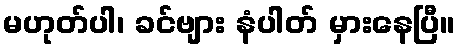
မဟုတ်ပါ၊ ခင်ဗျား နံပါတ် မှားနေပြီ။